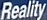
Reality